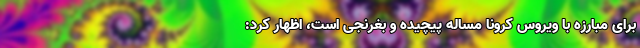
برای مبارزه با ویروس کرونا مساله پیچیده و بغرنجی است، اظهار کرد: